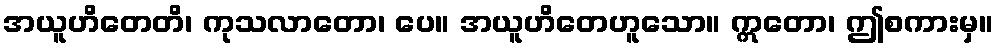
အယူဟိတေတိ၊ ကုသလာတော၊ ပေ။ အယူဟိတေဟူသော။ ဣတော၊ ဤစကားမှ။